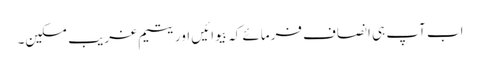
اب آپ ہی انصاف فرمائے کہ بیوائیں اور یتیم غریب مسکین۔